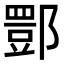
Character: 𨝾